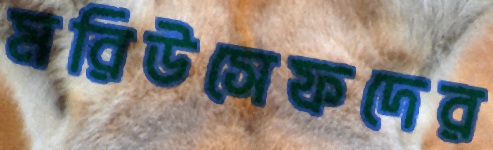
মরিউসেফদের